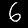
Digit: 6